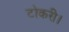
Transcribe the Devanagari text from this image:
टोकरी।